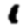
Digit: 1